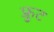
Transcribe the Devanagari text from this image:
फ़्रुट